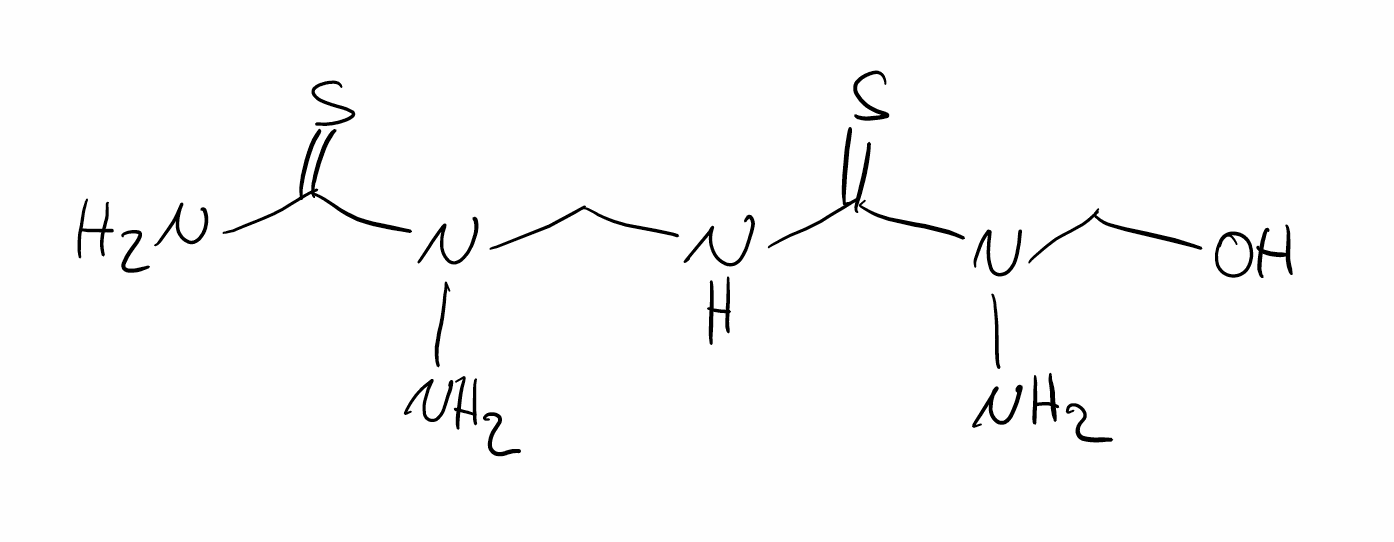
Simplified molecular-input line-entry system (SMILES) notation of the given molecule:
C(NC(=S)N(CO)N)N(C(=S)N)N